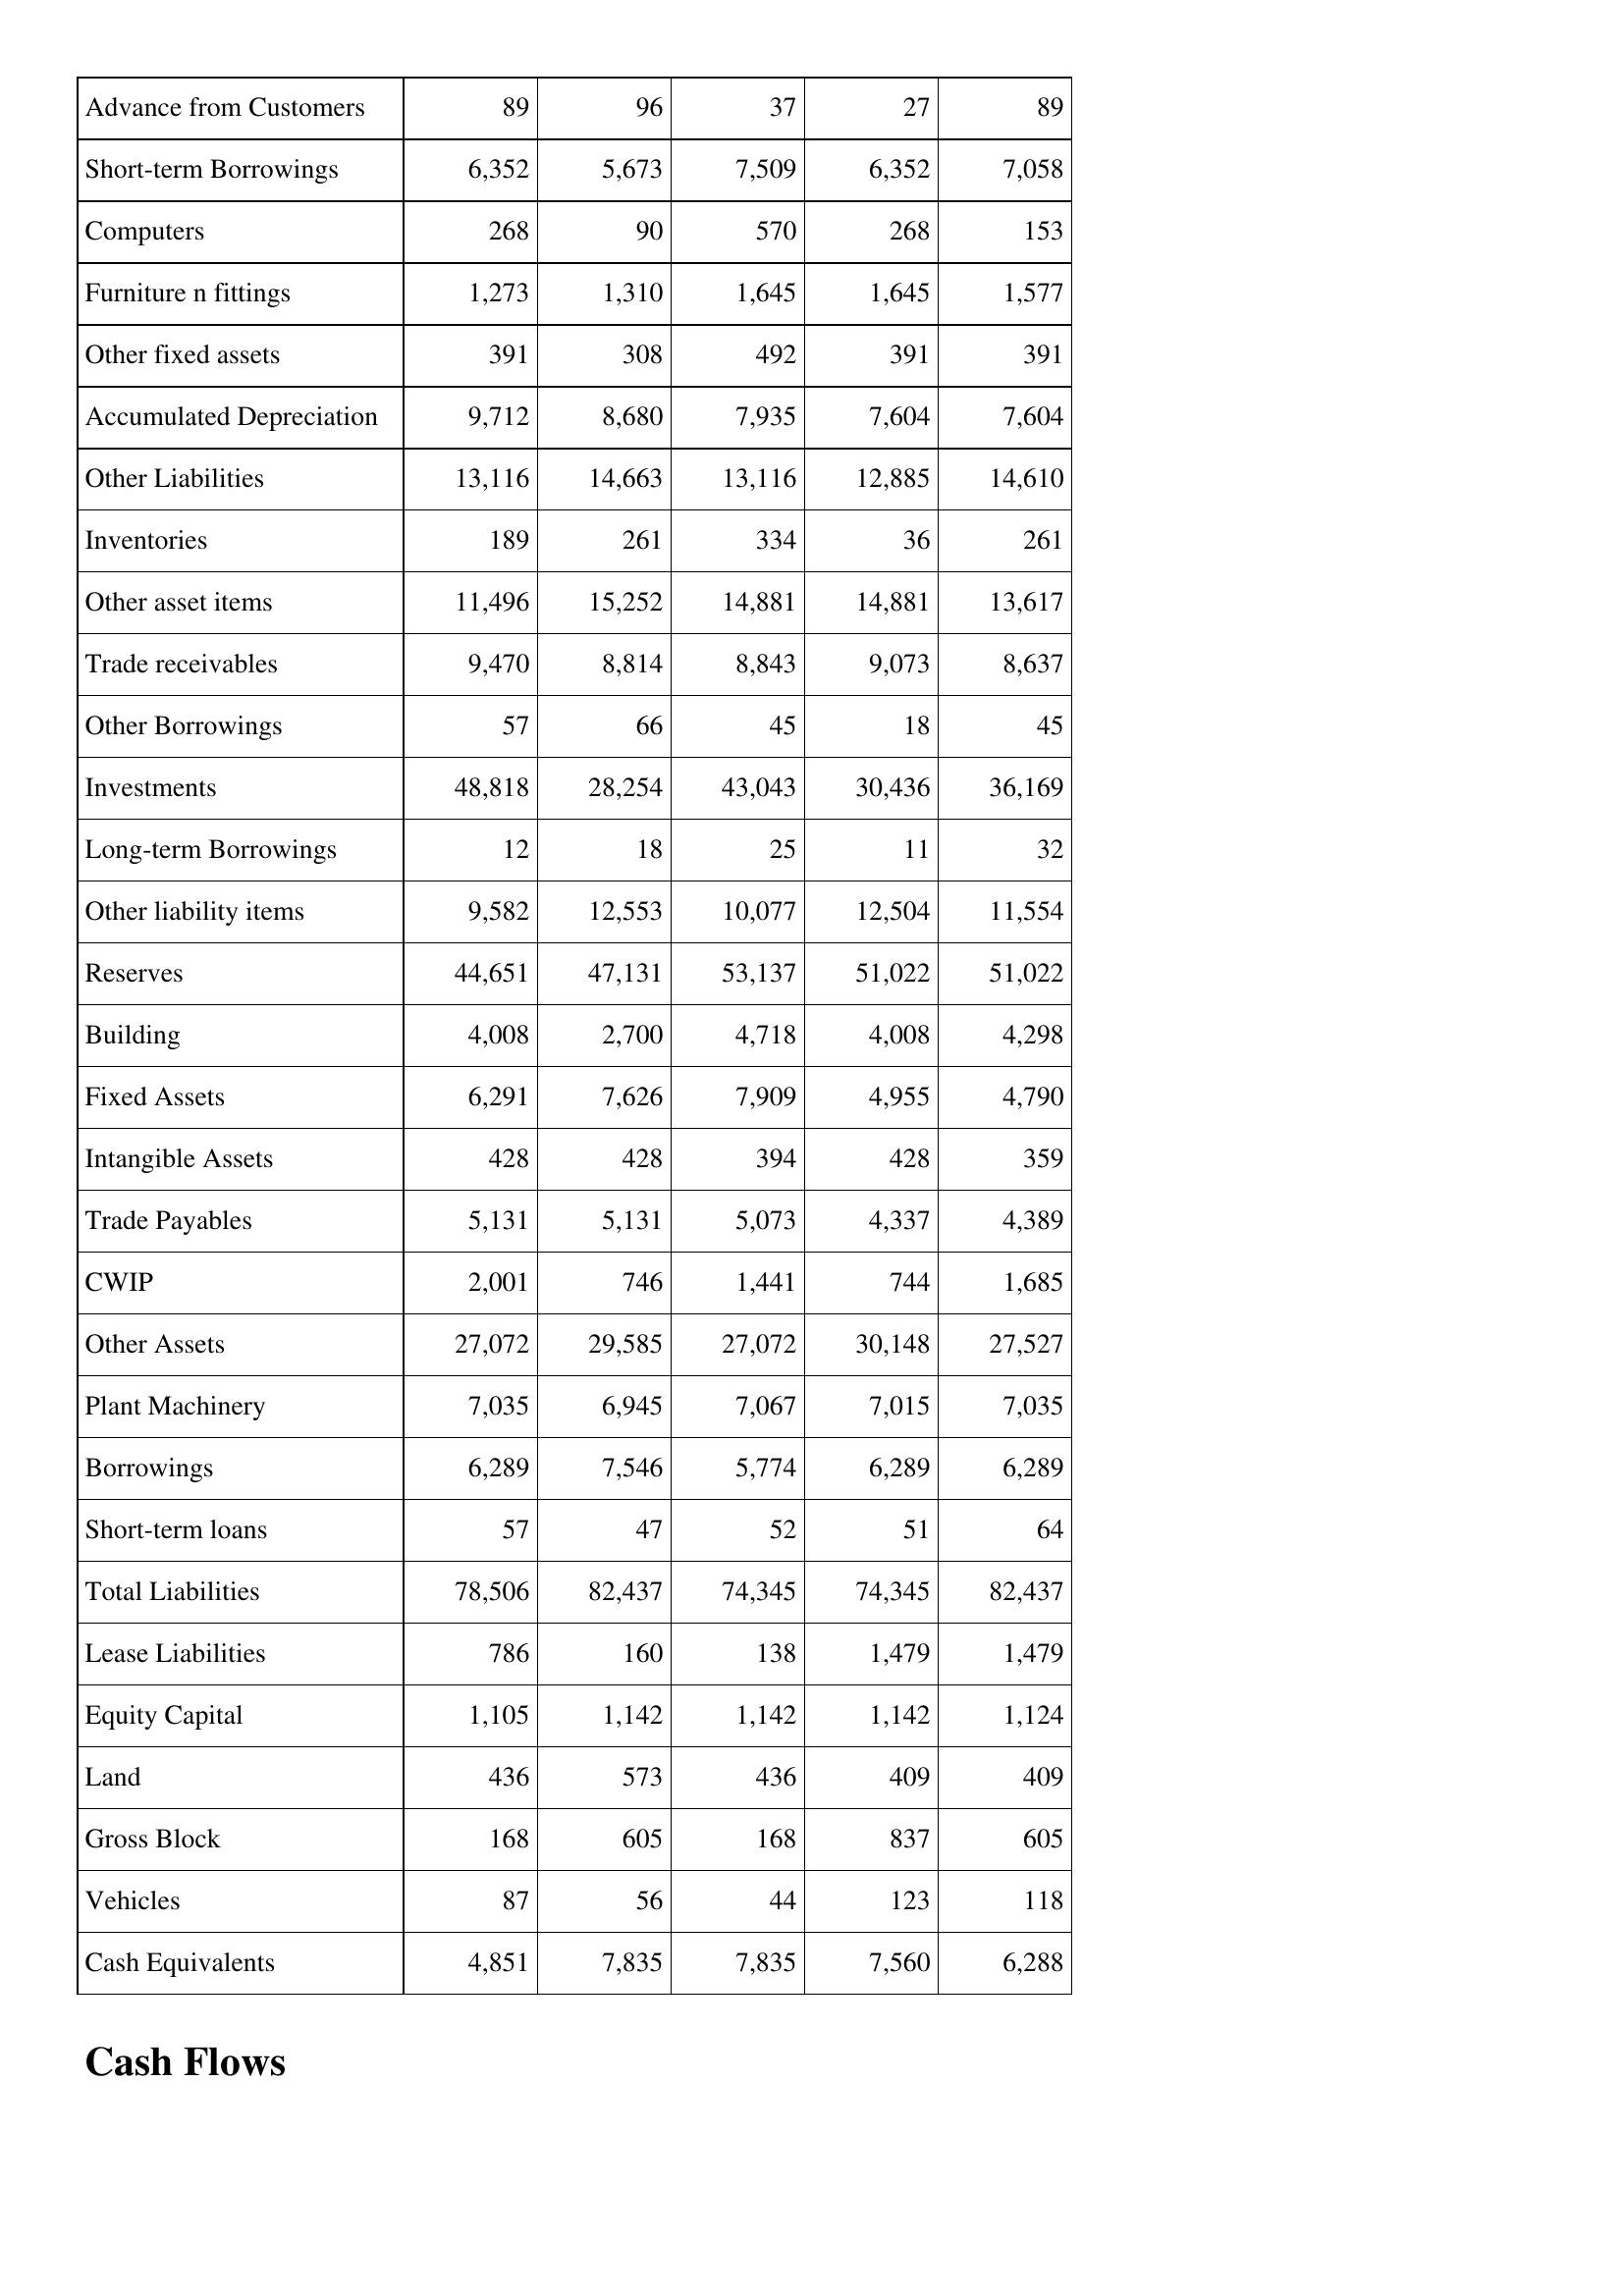
Apr-08: Balance Sheet: Advance from Customers: 89
Short-term Borrowings: 6,352
Computers: 268
Furniture n fittings: 1,273
Other fixed assets: 391
Accumulated Depreciation: 9,712
Other Liabilities: 13,116
Inventories: 189
Other asset items: 11,496
Trade receivables: 9,470
Other Borrowings: 57
Investments: 48,818
Long-term Borrowings: 12
Other liability items: 9,582
Reserves: 44,651
Building: 4,008
Fixed Assets: 6,291
Intangible Assets: 428
Trade Payables: 5,131
CWIP: 2,001
Other Assets: 27,072
Plant Machinery: 7,035
Borrowings: 6,289
Short-term loans: 57
Total Liabilities: 78,506
Lease Liabilities: 786
Equity Capital: 1,105
Land: 436
Gross Block: 168
Vehicles: 87
Cash Equivalents: 4,851
Apr-07: Balance Sheet: Advance from Customers: 96
Short-term Borrowings: 5,673
Computers: 90
Furniture n fittings: 1,310
Other fixed assets: 308
Accumulated Depreciation: 8,680
Other Liabilities: 14,663
Inventories: 261
Other asset items: 15,252
Trade receivables: 8,814
Other Borrowings: 66
Investments: 28,254
Long-term Borrowings: 18
Other liability items: 12,553
Reserves: 47,131
Building: 2,700
Fixed Assets: 7,626
Intangible Assets: 428
Trade Payables: 5,131
CWIP: 746
Other Assets: 29,585
Plant Machinery: 6,945
Borrowings: 7,546
Short-term loans: 47
Total Liabilities: 82,437
Lease Liabilities: 160
Equity Capital: 1,142
Land: 573
Gross Block: 605
Vehicles: 56
Cash Equivalents: 7,835
Apr-06: Balance Sheet: Advance from Customers: 37
Short-term Borrowings: 7,509
Computers: 570
Furniture n fittings: 1,645
Other fixed assets: 492
Accumulated Depreciation: 7,935
Other Liabilities: 13,116
Inventories: 334
Other asset items: 14,881
Trade receivables: 8,843
Other Borrowings: 45
Investments: 43,043
Long-term Borrowings: 25
Other liability items: 10,077
Reserves: 53,137
Building: 4,718
Fixed Assets: 7,909
Intangible Assets: 394
Trade Payables: 5,073
CWIP: 1,441
Other Assets: 27,072
Plant Machinery: 7,067
Borrowings: 5,774
Short-term loans: 52
Total Liabilities: 74,345
Lease Liabilities: 138
Equity Capital: 1,142
Land: 436
Gross Block: 168
Vehicles: 44
Cash Equivalents: 7,835
Apr-05: Balance Sheet: Advance from Customers: 27
Short-term Borrowings: 6,352
Computers: 268
Furniture n fittings: 1,645
Other fixed assets: 391
Accumulated Depreciation: 7,604
Other Liabilities: 12,885
Inventories: 36
Other asset items: 14,881
Trade receivables: 9,073
Other Borrowings: 18
Investments: 30,436
Long-term Borrowings: 11
Other liability items: 12,504
Reserves: 51,022
Building: 4,008
Fixed Assets: 4,955
Intangible Assets: 428
Trade Payables: 4,337
CWIP: 744
Other Assets: 30,148
Plant Machinery: 7,015
Borrowings: 6,289
Short-term loans: 51
Total Liabilities: 74,345
Lease Liabilities: 1,479
Equity Capital: 1,142
Land: 409
Gross Block: 837
Vehicles: 123
Cash Equivalents: 7,560
Apr-04: Balance Sheet: Advance from Customers: 89
Short-term Borrowings: 7,058
Computers: 153
Furniture n fittings: 1,577
Other fixed assets: 391
Accumulated Depreciation: 7,604
Other Liabilities: 14,610
Inventories: 261
Other asset items: 13,617
Trade receivables: 8,637
Other Borrowings: 45
Investments: 36,169
Long-term Borrowings: 32
Other liability items: 11,554
Reserves: 51,022
Building: 4,298
Fixed Assets: 4,790
Intangible Assets: 359
Trade Payables: 4,389
CWIP: 1,685
Other Assets: 27,527
Plant Machinery: 7,035
Borrowings: 6,289
Short-term loans: 64
Total Liabilities: 82,437
Lease Liabilities: 1,479
Equity Capital: 1,124
Land: 409
Gross Block: 605
Vehicles: 118
Cash Equivalents: 6,288